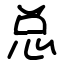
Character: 总